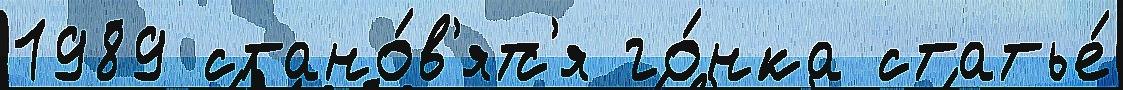
1989 стано́в'ятс'я го́нка статье́